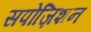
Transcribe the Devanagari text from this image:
सपोज़िशन